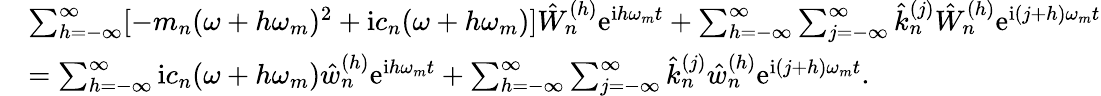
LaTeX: \begin{array}{rl}&{\sum_{h=-\infty}^{\infty}[-m_{n}(\omega+h\omega_{m})^{2}+\mathrm{i}c_{n}(\omega+h\omega_{m})]\hat{W}_{n}^{(h)}\mathrm{e}^{\mathrm{i}h\omega_{m}t}+\sum_{h=-\infty}^{\infty}\sum_{j=-\infty}^{\infty}\hat{k}_{n}^{(j)}\hat{W}_{n}^{(h)}\mathrm{e}^{\mathrm{i}(j+h)\omega_{m}t}}\\ &{=\sum_{h=-\infty}^{\infty}\mathrm{i}c_{n}(\omega+h\omega_{m})\hat{w}_{n}^{(h)}\mathrm{e}^{\mathrm{i}h\omega_{m}t}+\sum_{h=-\infty}^{\infty}\sum_{j=-\infty}^{\infty}\hat{k}_{n}^{(j)}\hat{w}_{n}^{(h)}\mathrm{e}^{\mathrm{i}(j+h)\omega_{m}t}.}\end{array}